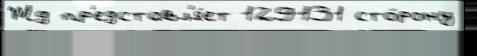
Жд пр'едставл'я́ет 129131 сто́рону